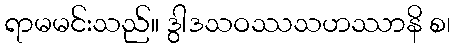
ရာမမင်းသည်။ ဒွါဒသဝဿသဟဿာနိ စ၊